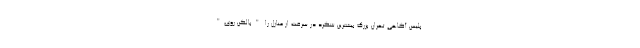
پلیس آگاهی تهران بزرگ بیشترین شگرد در سرقت از منازل را "بالکن روی"